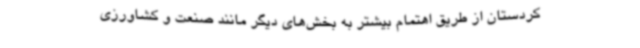
کردستان از طریق اهتمام بیشتر به بخش‌های دیگر مانند صنعت و کشاورزی